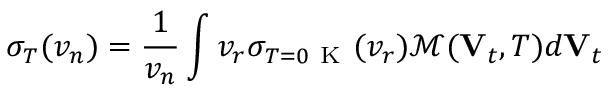
\sigma _ { T } ( v _ { n } ) = \frac { 1 } { v _ { n } } \int v _ { r } \sigma _ { T = 0 \mathrm { ~ K ~ } } ( v _ { r } ) \mathcal { M } ( \mathbf { V } _ { t } , T ) d \mathbf { V } _ { t }